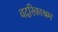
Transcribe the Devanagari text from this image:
वदरिकाश्रम